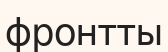
фронтты